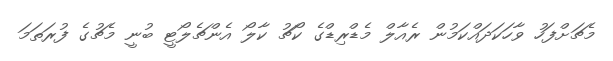
މެޗަށްފަހު ވާހަކަދައްކަމުން ރެއާލް މެޑްރިޑްގެ ކޯޗު ކާލޯ އެންޗެލޯޓީ ބުނީ މެޗުގެ ފުރަތަމަ